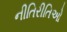
નીતિરીતિઓ